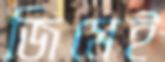
জিমেই